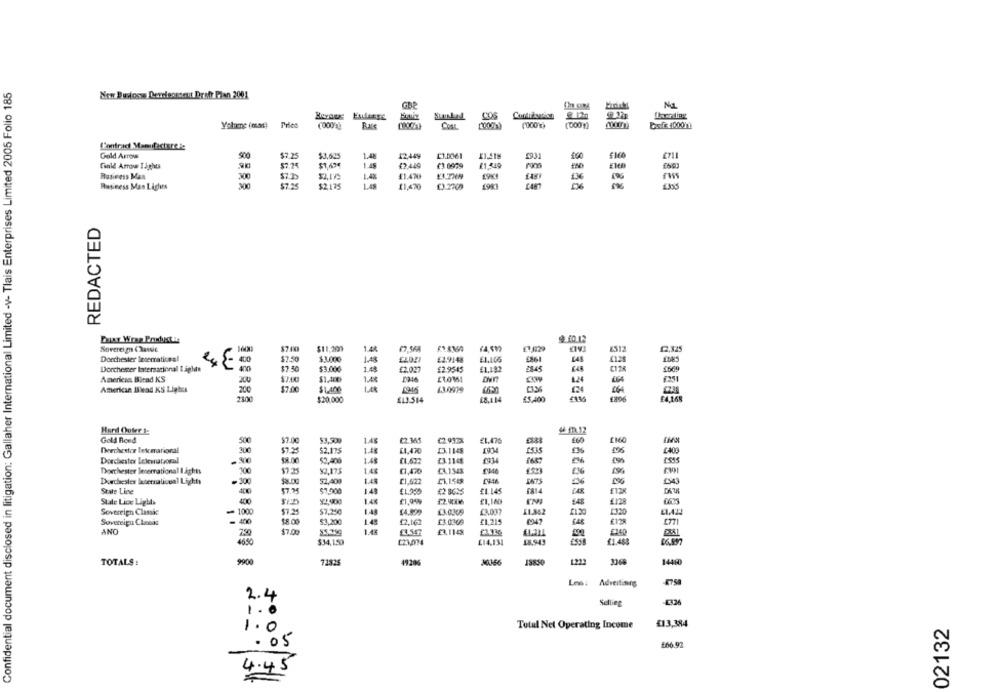
Confidential document disclosed in litigation: Gallaher International Limited -v- Tlais Enterprises Limited 2005 Folio 185
New Burlogs Develeosont Draft Plan 2001
GBP
COS
Yolume (mac)
Fries
Ras
COOL
(000$)
Basf 40001
Contrad Manufacture&:
Gold Arrow
SO
$7.25
$3,625
1.4ł
12.449
Cinie Arrow Tights
1.45
43.449
£3 6999
£1,349
Business Man
300
$7.2
1.48
41.470
Business Man Lights
3000
$7.25
$2,135
11,470
1.2709
06
8888
ERES
REDACTED
$ 10.12
Soverei m (Rassic
$7 00
$11,201
1.48
67.568
12.325
Dorchester lesmatices!
$7.50
$3.000
£2.9148
£1,1.OG
$7.50
Dorchester International ! aplate
$3.006
1.48
£2.022
£2.9545
£1.192
2345
Americia Birad KS
200
1.48
1.24
$7.00
American Bead KS Lighes
200
$LANG
064
2100
$20.000
£13514
£5,400
Hard Cover t:
94 1.12
Gold Rond
500
$7.00
1.48
22.365
£2.992%
Dorchester lekmarioral
300
52.175
148
13.1145
6403
Dorchester Ielevataoral
52.400
1.48
13.1148
Dorchester Becerrational I aghts
200
17.25
$2,175
1.48
01,470
£1.1548
196
Dorchester lucernalicual Lights
.300
52,400
148
£1,622
£1.1548
State Line
57.3
51.500
£2 8625
£1.145
£12X
State Lice Lights
400
1.48
£1,160
£128
Sovereign Classic
- 1000
1.4
13.0309
13.007
11,862
21.20
1320
Sovereizu Cleokt
$8.00
$3,200
£2,162
£3.0369
£1,215
£12
ANO
250
$7.00
£3.1148
4650
$34,150
123,034
£14.131
18,943
£1.488
06,897
9900
71825
49206
10156
13850
1222
3368
14400
TOTALS:
Les:
Advertisers
2.4
-1326
1.0
Nellieg
£13,384
02132
1.0
Total Net Operating Income
.05
£66.92
4.45